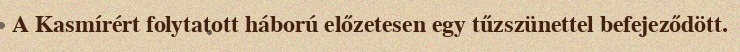
A Kasmírért folytatott háború előzetesen egy tűzszünettel befejeződött.